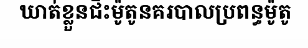
ឃាត់ខ្លួនជិះម៉ូតូនគរបាលប្រពន្ធម៉ូតូ